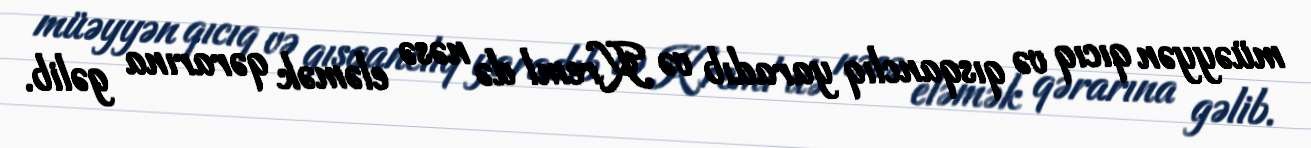
müəyyən qıcıq və qısqanclıq yaradıb və Kreml də nəsə eləmək qərarına gəlib.